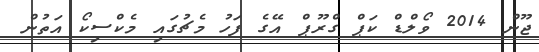
ޖޫން 2014 ވޯލްޑް ކަޕް ގްރޫޕް އޭގެ ފަހު މެޗުގައި މެކްސިކޯ އަތުން